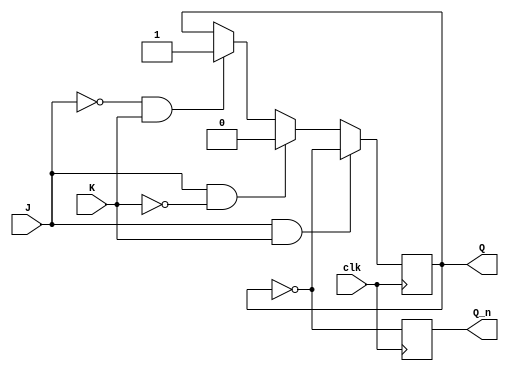
module jk_flipflop (
    input wire clk,
    input wire J,
    input wire K,
    output reg Q,
    output reg Q_n
);

always @(negedge clk) begin
    if (J & K) begin
        Q <= ~Q;
    end else if (J & ~K) begin
        Q <= 1'b0;
    end else if (~J & K) begin
        Q <= 1'b1;
    end
    Q_n <= ~Q;
end

endmodule